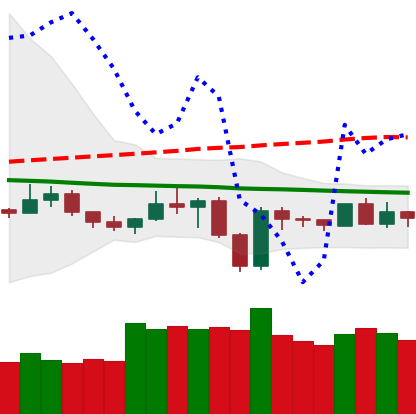
Ticker: NEO-USD
Chart end date: 2019-12-25
Forward return: 3.775%
Label: up_3_5